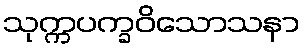
သုက္ကပက္ခဝိသောသနာ